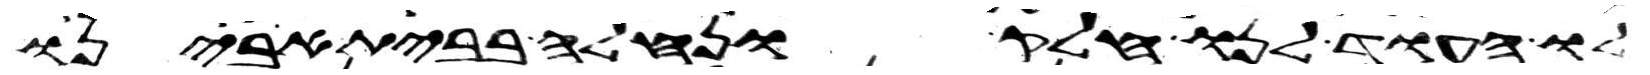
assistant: לו העוד לנו חלק ונחלה בבית אבינו